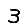
Digit: 3